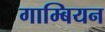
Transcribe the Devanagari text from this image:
गाम्बियन